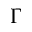
\Gamma